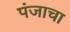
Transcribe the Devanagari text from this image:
पंजाचा